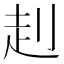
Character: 𧺈